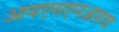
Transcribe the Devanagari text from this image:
आयएसएनआयचा